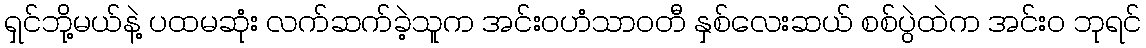
ရှင်ဘို့မယ်နဲ့ ပထမဆုံး လက်ဆက်ခဲ့သူက အင်းဝဟံသာဝတီ နှစ်လေးဆယ် စစ်ပွဲထဲက အင်း၀ ဘုရင်